Reports on dispensaries and lunatic asylums in the Province of Oudh - 1869-1876
Year: 1869
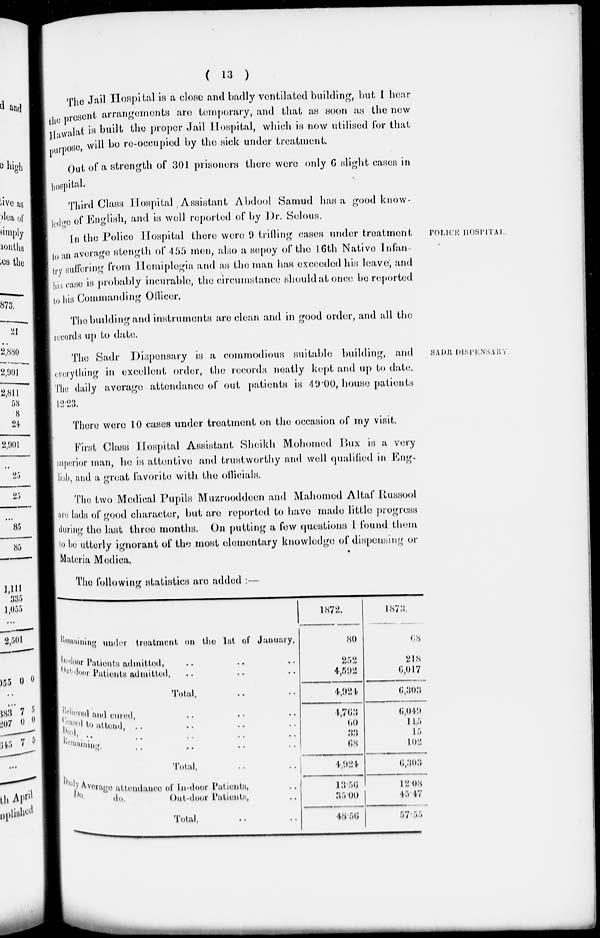
( 13 )
The Jail Hospital in a close and badly ventilated building, but I hear
the present arrangements are temporary, and that an soon as the new
Hawalat is built the proper Jail Hospital, which in now utilised for that
purpose, will be re-occupied by the sick under treatment.
Out of a strength of 301 prisoners there were only 6 slight cases in
hospital.
Third Class Hospital Assistant Abdool Samud has a good know
ledge of English, and in well reported of by Dr. Selous.
POLICE
HOSPITAL.
In the Police Hospital there were 9 trifling cases under treatment
to an average stength of 455 men, also a sepoy of the 16th Native Infan-
try suffering from Hemiplegia and as the man has exceeded his leave, and
his case in probably incurable, the circumstance should al once be reported
to his Commanding Officer.
The building and instruments are clean and in good order, and all the
records up to date.
SADR
DISPENSARY.
The Sadr Dispensary is a commodious suitable building, and
everything in excellent order, the records neatly kept and up to date.
The daily average attendance of out patients is 49.00, house patients
There were 10 cases under treatment on the occasion of my visit.
First Class Hospital Assistant Sheikh Mohomed Bux is a very
superior man, be is attentive and trust worthy and well qualified in Eng-
lish, and a great favorite with the officials.
The two Medical Pupils Muzrooddeen and Mahomed Altaf Rassool
are lads of good character, but are reported to have made little progress
during the last three months. On putting a few questions I found them
to be utterly ignorant of the most elementary knowledge of dispensing or
Materia Medica.
The following statistics are added :—
Remaining under treatment on the 1st of January,
In-door Patients admitted, .. .. ..
Out-door Patients admitted, .. .. ..
Total, .. ..
Relieved and cured, .. .. .. ..
Ceased to attend, .. .. .. ..
Died, .. .. .. .. ..
Remaining .. .. .. ..
Total, .. ..
Daily Average attendance of In-door Patients, ..
Do.
do.
Out-door Patients, ..
Total, .. ..
1872.
80
252
4,592
4,924
4,763
60
33
68
4,924
13.56
35.00
48.56
1873.
68
218
6,017
6,303
6,049
115
15
102
6,303
12.08
45.47
57.55